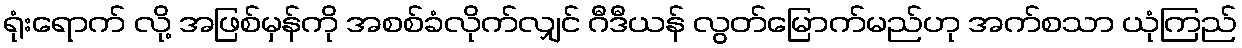
ရုံးရောက် လို့ အဖြစ်မှန်ကို အစစ်ခံလိုက်လျှင် ဂီဒီယန် လွတ်မြောက်မည်ဟု အက်စသာ ယုံကြည်